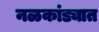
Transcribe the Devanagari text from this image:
नळकांड्यात